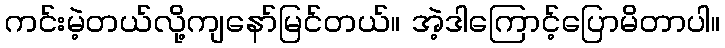
ကင်းမဲ့တယ်လို့ကျနော်မြင်တယ်။ အဲ့ဒါကြောင့်ပြောမိတာပါ။